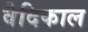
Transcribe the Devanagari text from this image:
वैदिकाल